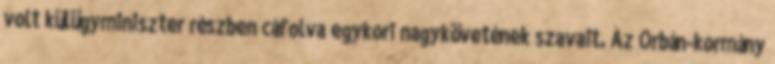
volt külügyminiszter részben cáfolva egykori nagykövetének szavait. Az Orbán-kormány